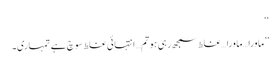
‘‘
’’ماورا…ماورا…غلط سمجھ رہی ہو تم…انتہائی غلط سوچ ہے تمہاری۔